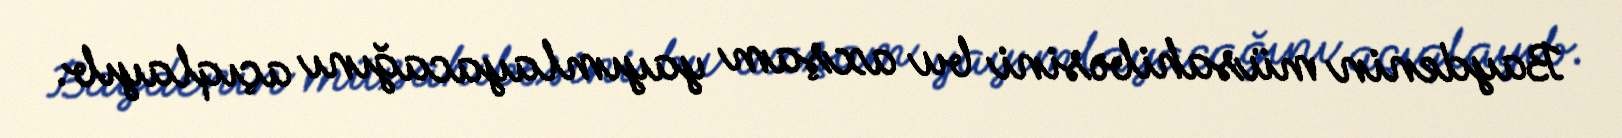
Baydenin müsahibəsini bu axşam yayımlayacağını açıqlayıb.